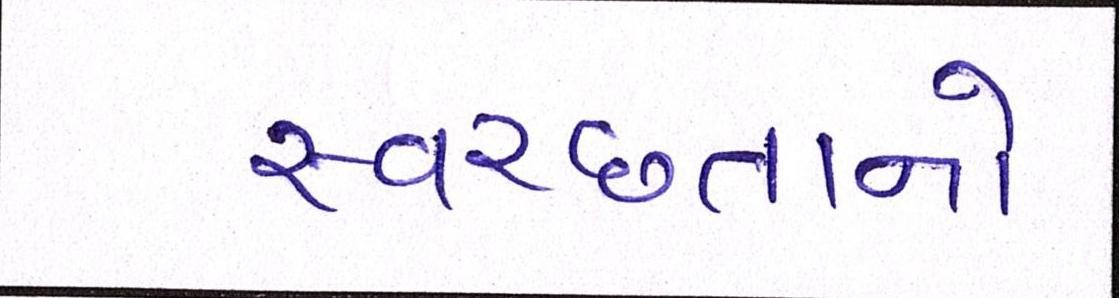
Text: સ્વચ્છતાનો